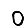
Digit: 0